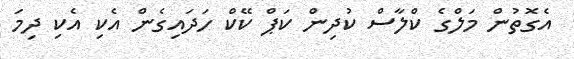
އެގޮތުން މަލްގެ ކްލާސް ކުދިން ކަޕް ކޭކް ހަދައިގެން އެކި އެކި ދިމަ